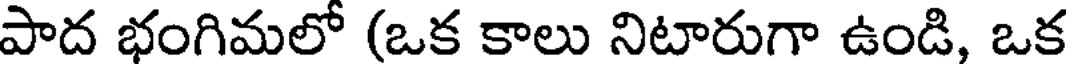
పాద భంగిమలో (ఒక కాలు నిటారుగా ఉండి, ఒక